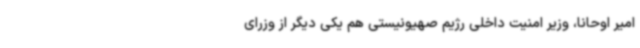
امیر اوحانا، وزیر امنیت داخلی رژیم صهیونیستی هم یکی دیگر از وزرای